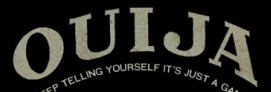
OUIJA